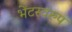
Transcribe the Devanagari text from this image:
भेंटस्‍वरुप